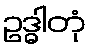
ဥဒ္ဓါတုံ